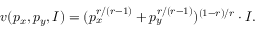
v ( p _ { x } , p _ { y } , I ) = ( p _ { x } ^ { r / ( r - 1 ) } + p _ { y } ^ { r / ( r - 1 ) } ) ^ { ( 1 - r ) / r } \cdot I .